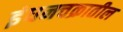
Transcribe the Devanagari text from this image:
इंधनचक्रातील